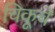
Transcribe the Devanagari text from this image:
चिकूचे